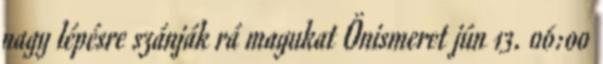
nagy lépésre szánják rá magukat Önismeret jún 13. 06:00